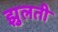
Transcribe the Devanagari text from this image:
झुलती